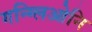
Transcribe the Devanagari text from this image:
गन्ग्लिओनि